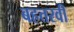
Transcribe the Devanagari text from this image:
बहत्तरवीं